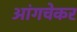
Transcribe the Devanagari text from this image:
आंगचेकर